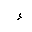
Letter: _hamza